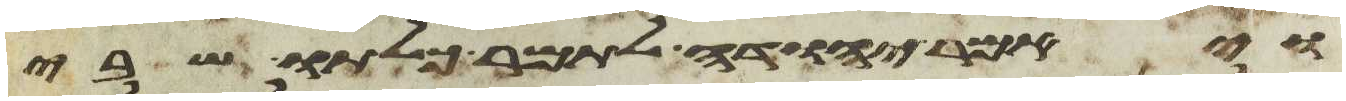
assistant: ויאמר יהודה לתמר כלתו שבי